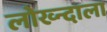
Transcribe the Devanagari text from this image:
लोख्न्दाला